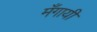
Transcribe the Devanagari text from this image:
मँगायी